Annual report on the Civil Veterinary Department, Burma (including the Insein Veterinary School) - 1932-1941
Year: 1932
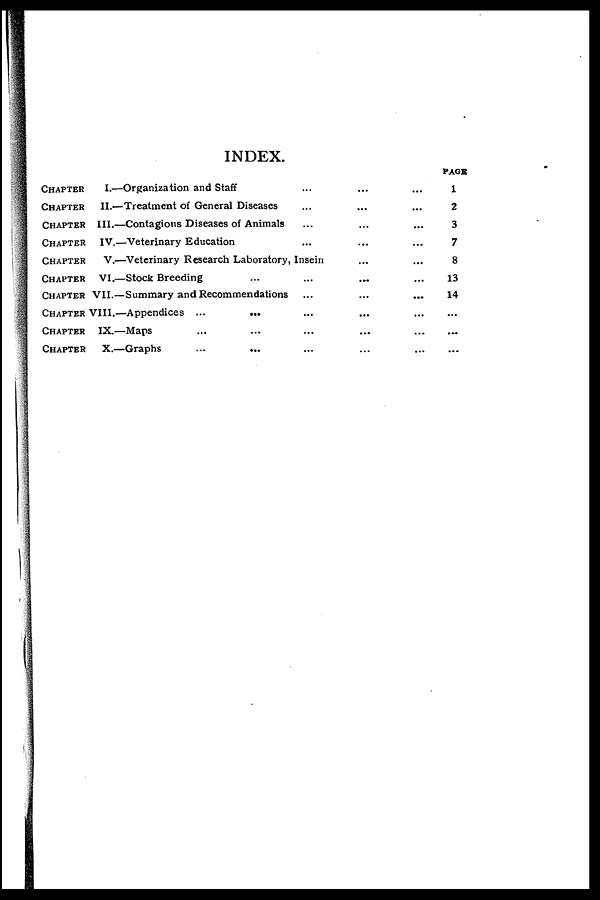
INDEX.
CHAPTER
CHAPTER
CHAPTER
CHAPTER
CHAPTER
CHAPTER
CHAPTER
CHAPTER
CHAPTER
CHAPTER
I.—Organization and Staff ... ... ...
II.—Treatment of General Diseases ... ... ...
III.—Contagious Diseases of Animals ... ... ...
IV.—Veterinary Education ... ... ...
V.—Veterinary Research Laboratory, Insein ... ... ...
VI.—Stock Breeding ... ... ... ...
VII.—Summary and Recommendations ... ... ...
VIII.—Appendices ...
... ... ... ...
IX.—Maps ... ... ... ... ...
X.—Graphs ... ... ... ... ...
PAGE
1
2
3
7
8
13
14
...
...
...